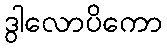
ဒွါလောပိကော